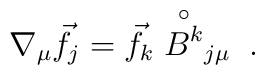
\nabla_{\mu}\vec{f}_{j}=\vec{f}_{k}\stackrel{\circ}{B^{k}}_{j\mu}\;.